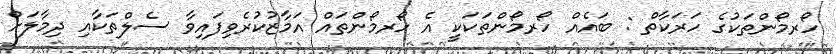
ހޯރމޯންތަކުގެ ހަރަކާތް : ބައެއް ހޯރމޯންތަކަކީ އެ ހޯރމޯންތައް އަމާޒުކުރެވިފައިވާ ސެލްތަކާއި ދިމާލަށް